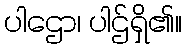
ပါဌော၊ ပါဌ်ရှိ၏။